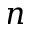
n